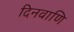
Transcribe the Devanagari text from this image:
दिनवाणि